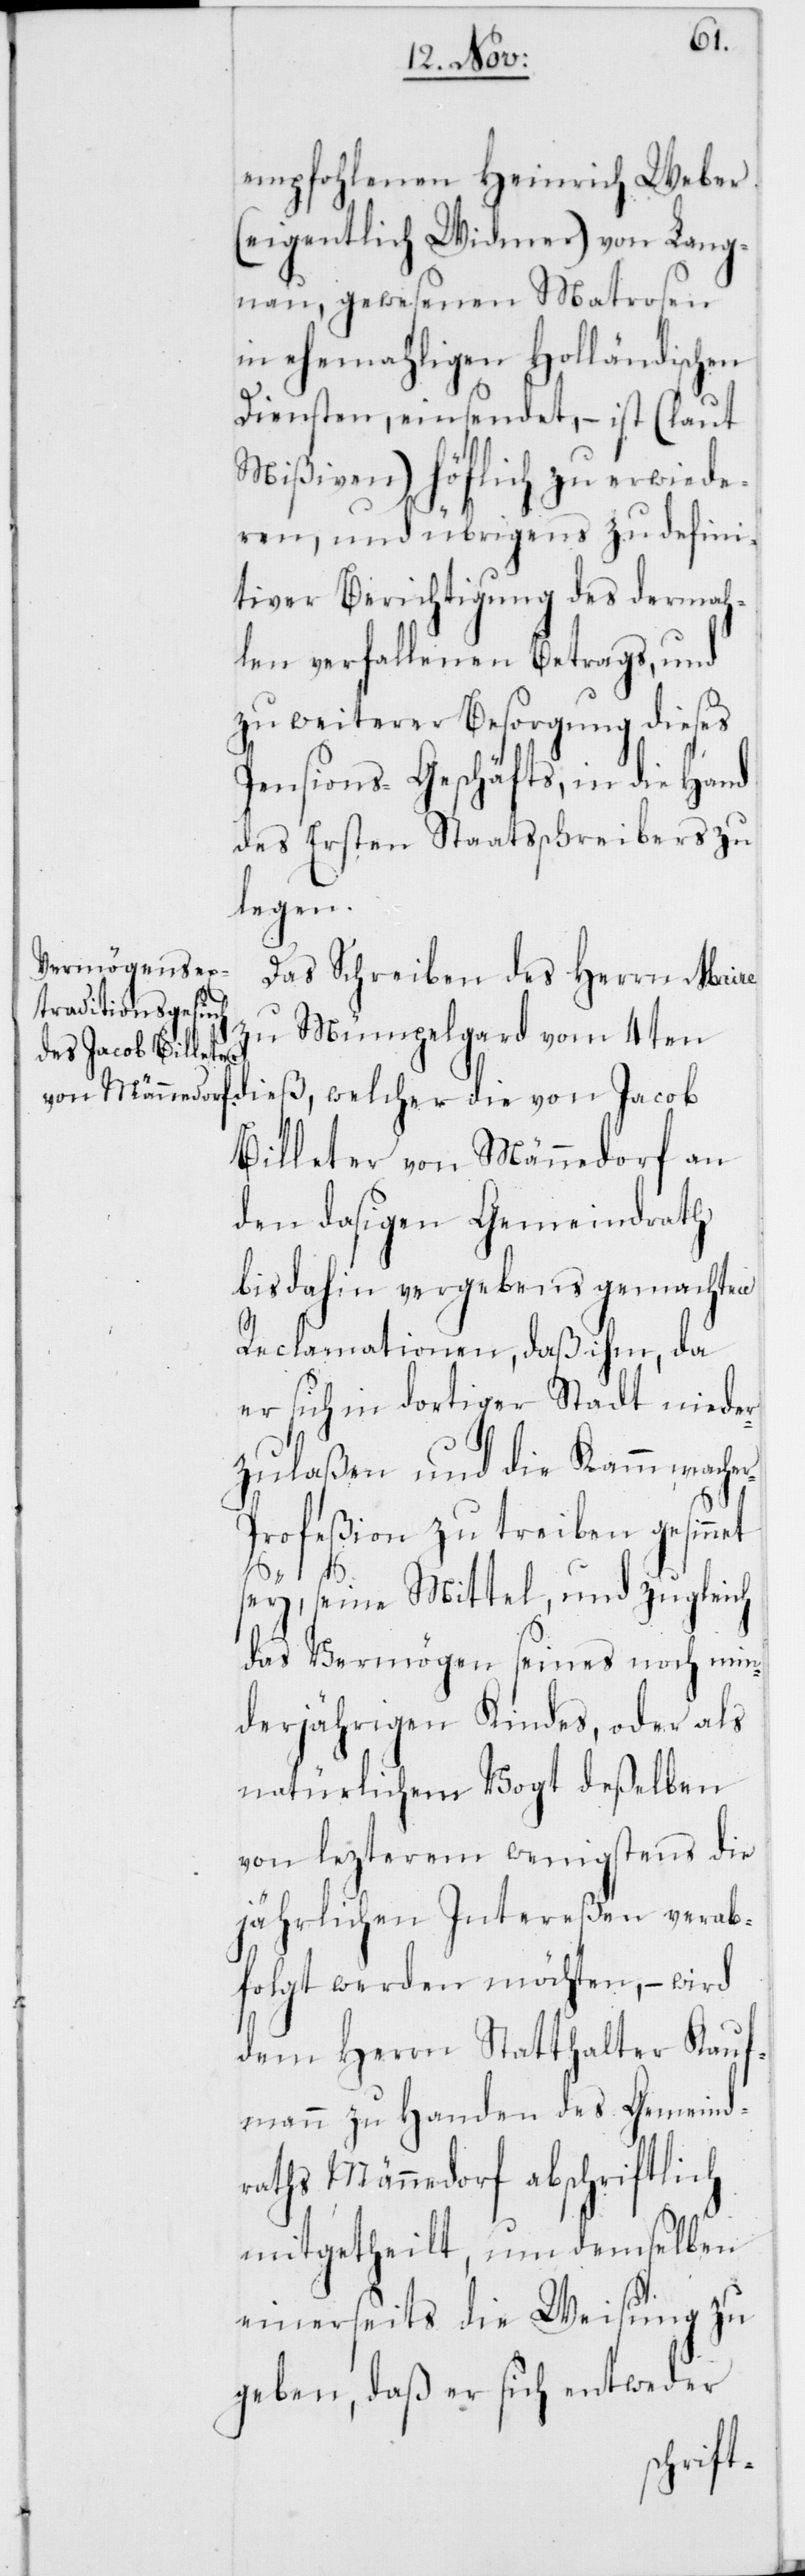
et
empfohlenen Heinrich Weber
(eigentlich Widmer) von Lang¬
nau, gewesenen Matrosen
in ehemahligen Holländischen
Diensten, einsendet, – ist (laut
Mißiven) höflich zu erwide¬
ren, und übrigens zu defini¬
tiver Berichtigung des dermah¬
len verfallenen Betrags, und
zu weiterer Besorgung dieses
Pensions-Geschäfts, in die Hand
des Ersten Staatsschreibers zu
legen.
Das Schreiben des Herrn Maire
zu Mümpelgard vom 4ten
dieß, welcher die von Jacob
Billeter von Männedorf an
den dasigen Gemeindrath
bis dahin vergebens gemachten
Reclamationen, daß ihm, da
er sich in dortiger Stadt niede¬
rzulaßen und die Kammmache¬
r-Profeßion zu treiben gesinn¬
sey, seine Mittel und zugleich
das Vermögen seines noch min¬
derjährigen Kindes, oder als
natürlichem Vogt deßelben
von lezterem wenigstens die
jährlichen Intereßen verab¬
folget werden möchten, – wird
dem Herrn Statthalter Kauf¬
mann zu Handen des Gemeind¬
raths Männedorf abschriftlich
mitgetheilt, um demselben
einerseits die Weisung zu
geben, daß er sich entweder